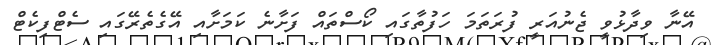
އޭނާ ވިދާޅުވީ ޖެނުއަރީ ފުރަތަމަ ހަފުތާގައި ކޯސްތައް ފަށާނެ ކަމަށާއި އޭގެތެރޭގައި ސެޓްފިކެޓް